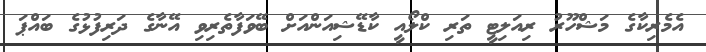
އެމެރިކާގެ މަޝްހޫރު ރިއަލިޓީ ތަރި ކްލޯއީ ކާޑޭޝިއަންއަށް ބޭވަފާތެރިވި އޭނާގެ ދަރިފުޅުގެ ބައްޕަ